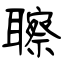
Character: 聺